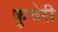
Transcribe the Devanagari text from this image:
कुचेरी